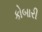
કોબારી